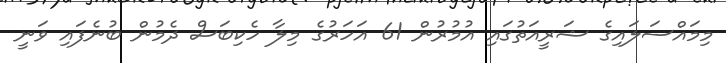
މިމައްސަލައިގެ ޝަރީއަތުގައި އުމުރުން 61 އަހަރުގެ މިލާ ހެކިބަސް ދެމުން ބުނެފައި ވަނީ